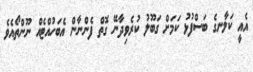
އެއީ ކަލާނގެ ބަސްފުޅު ކަމަށް ގަބޫލު ކުރެވިދާނޭ ގޮތް ފެންނާން އެބަހުއްޓެއް ނޫންތޯއެވެ